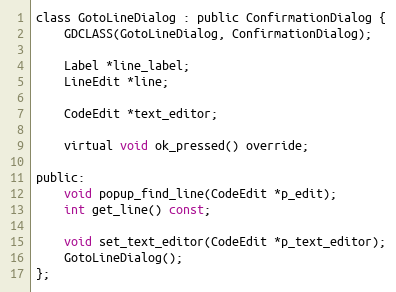
Language: C
class GotoLineDialog : public ConfirmationDialog {
	GDCLASS(GotoLineDialog, ConfirmationDialog);

	Label *line_label;
	LineEdit *line;

	CodeEdit *text_editor;

	virtual void ok_pressed() override;

public:
	void popup_find_line(CodeEdit *p_edit);
	int get_line() const;

	void set_text_editor(CodeEdit *p_text_editor);
	GotoLineDialog();
};